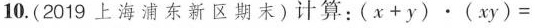
10. (2019上海浦东新区期末)计算：$$( x + y ) \cdot ( x y ) =